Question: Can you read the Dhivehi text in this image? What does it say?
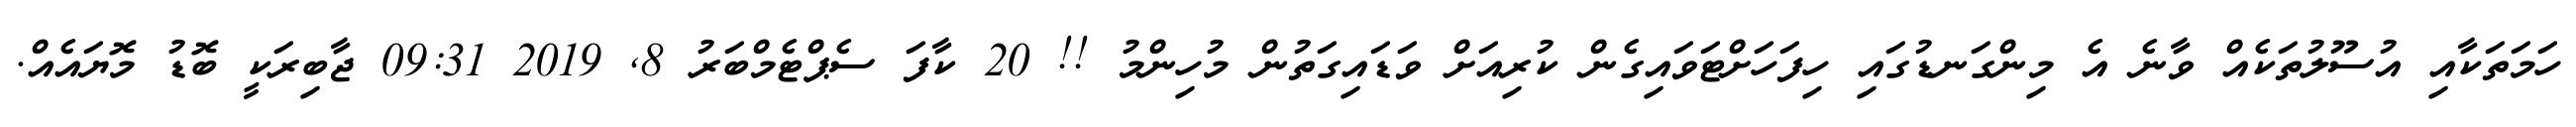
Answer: ހަމަތަކާއި އުސޫލުތަކެއް ވާނެ އެ މިންގަނޑުގައި ހިފަހަށްޓަވައިގެން ކުރިއަށް ވަޑައިގަތުން މުހިންމު !! 20 ކާފަ ސެޕްޓެމްބަރު 8, 2019 09:31 ޖާބިރަކީ ބޮޑު މޮޔައެއް.